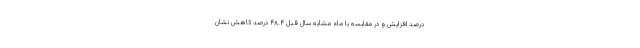
درصد افزایش و در مقایسه با ماه مشابه سال قبل ۴۸.۴ درصد کاهش نشان